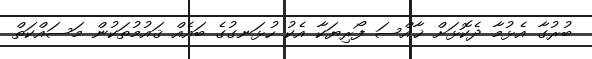
ބުރުގާ އެޅުމާ ދެކޮޅަށް ޚާއްސަ ފޯރިޔަކާ އެކު ހުޅަނގުގެ ބައެއް ޤައުމުތަކުން މަސައްކަތް